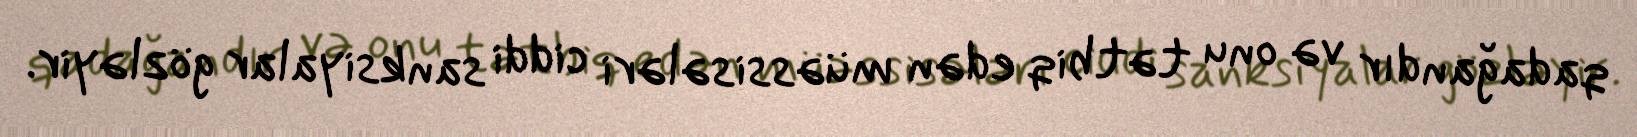
qadağandır və onu tətbiq edən müəssisələri ciddi sanksiyalar gözləyir.